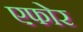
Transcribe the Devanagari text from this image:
एफोर